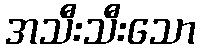
အသီးသီးသော